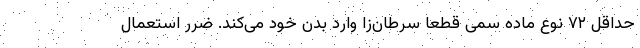
حداقل ۷۲ نوع ماده سمی قطعا سرطان‌زا وارد بدن خود می‌کند. ضرر استعمال